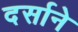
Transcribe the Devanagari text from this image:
दर्साने